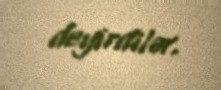
deyirdilər.